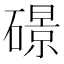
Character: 𥖉